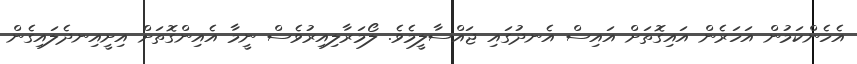
އެހެންކަމުން އަހަރެން އައިގޮތަށް އައިސް އެނދުގައި ޖައްސާލީމެވެ. ލޯމަރާލިއިރުވެސް ނީމާ އެއިންގޮތަށް އިށީއިނދެލައިގެން